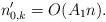
LaTeX: \begin{align*}n'_{0,k} = O( A_1 n ).\end{align*}